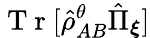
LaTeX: \mathrm{~T~r~}[\hat{\rho}_{AB}^{\theta}\hat{\Pi}_{\boldsymbol{\xi}}]